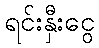
ရင်းနှီးငွေ